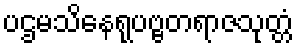
ပဌမသိနေရုပဗ္ဗတရာဇသုတ္တံ